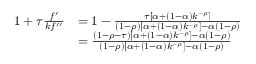
{ \begin{array} { r l } { 1 + \tau { \frac { f ^ { \prime } } { k f ^ { \prime \prime } } } } & { = 1 - { \frac { \tau [ \alpha + ( 1 - \alpha ) k ^ { - \rho } ] } { ( 1 - \rho ) [ \alpha + ( 1 - \alpha ) k ^ { - \rho } ] - \alpha ( 1 - \rho ) } } } \\ & { = { \frac { ( 1 - \rho - \tau ) [ \alpha + ( 1 - \alpha ) k ^ { - \rho } ] - \alpha ( 1 - \rho ) } { ( 1 - \rho ) [ \alpha + ( 1 - \alpha ) k ^ { - \rho } ] - \alpha ( 1 - \rho ) } } } \end{array} }